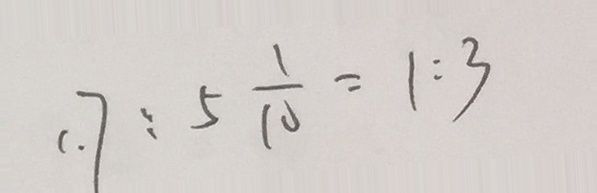
1 . 7 : 5 \frac { 1 } { 1 0 } = 1 : 3